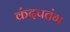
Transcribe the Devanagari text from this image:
कंदपतंग